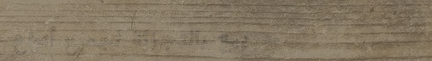
بيع بالتجزئة لجميع أنواع